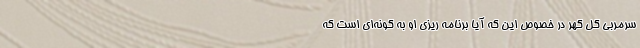
سرمربی گل گهر در خصوص این که آیا برنامه ریزی او به گونه‌ای است که